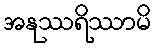
အနုဿရိဿာမိ